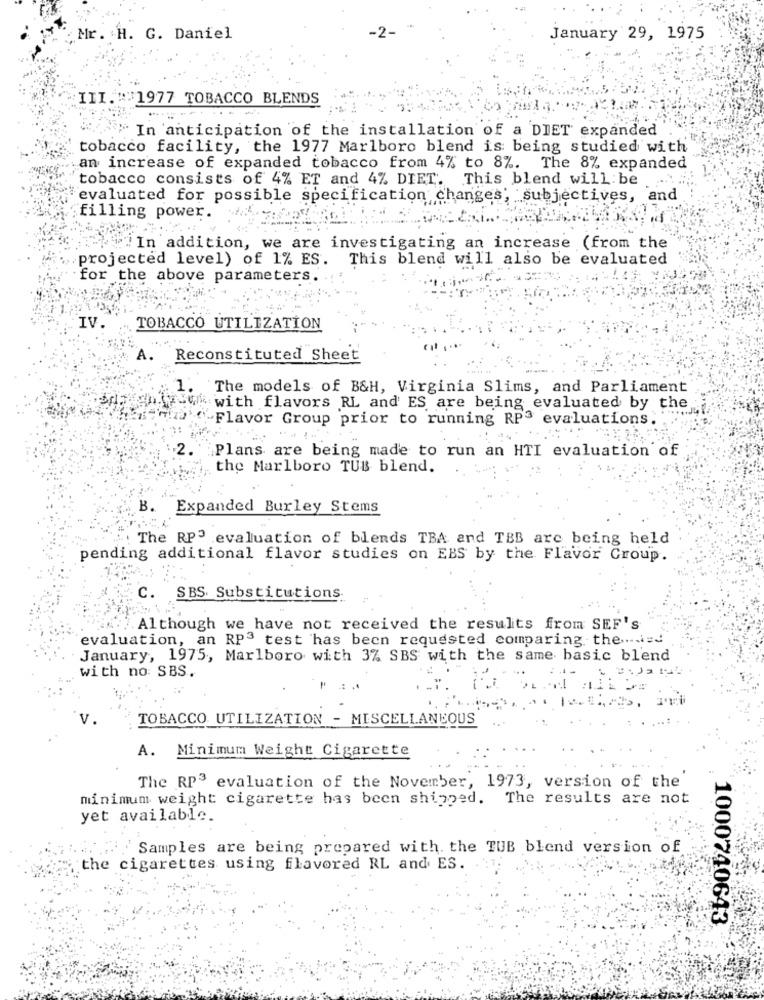
Mr. . H. G. Daniel
January 29, 1975
III. ::: 1977 TOBACCO BLENDS
In anticipation of the installation of a DIET expanded
tobacco facility, the 1977 Marlboro blend is being studied with
an increase of expanded tobacco from 4% to 8%. The 8% expanded
tobacco consists of 4% ET and 4% DIET. This blend will be
evaluated for possible specification changes; subjectives, and
filling power.
"In addition, we are investigating an increase (from the
projected level) of 1% ES. This blend will also be evaluated
for the above parameters.
IV.
TOBACCO UTILIZATION
Reconstituted Sheet
The models of B&H, Virginia Slims, and Parliament
4. with flavors RL and ES are being evaluated by the
'Flavor Group prior to running RPª evaluations.
2.
Plans are being made to run an HTI evaluation of
the Marlboro TUB blend.
B.
Expanded Burley Stems
: The RP evaluation of blends TBA and TBB are being held
pending additional flavor studies on EBS by the Flavor Croup.
C. SBS Substitutions
Although we have not received the results from SEF's
evaluation, an RP3 test has been requested comparing the .....
January, 1975, Marlboro with 3% SBS with the same basic blend
with no SBS.
TOBACCO UTILIZATION - MISCELLANEOUS
A. Minimum Weight Cigarette
The RP3 evaluation of the November, 1973, version of the
minimum weight cigarette has been shipped. The results are not
yet available.
Samples are being prepared with. the TUB blend version of
the cigarettes using flavored RL and ES.
1000740643